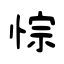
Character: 悰